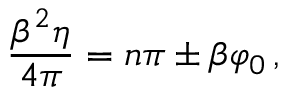
\frac { \beta ^ { 2 } \eta } { 4 \pi } = n \pi \pm \beta \varphi _ { 0 } \, ,